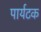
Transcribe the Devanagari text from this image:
पार्यटक